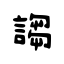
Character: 謅